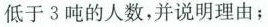
低于3吨的人数，并说明理由；